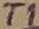
Text: T1